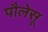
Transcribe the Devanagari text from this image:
पौलेसू